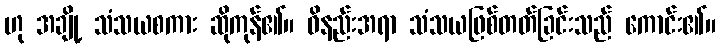
ဟု အချို့ သံသယစကား ဆိုကုန်၏။ ဝိနည်းအရာ သံသယဖြစ်တတ်ခြင်းသည် ကောင်း၏။